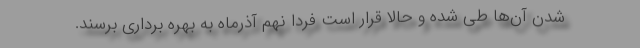
شدن آن‌ها طی شده و حالا قرار است فردا نهم آذرماه به بهره برداری برسند.